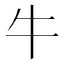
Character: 牛